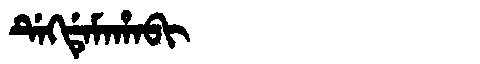
Manchu: ᡩᡝᡴᡩᡝᠮᠠᡥᠠᠪᡳ
Romanization: DEKDEMAHABI